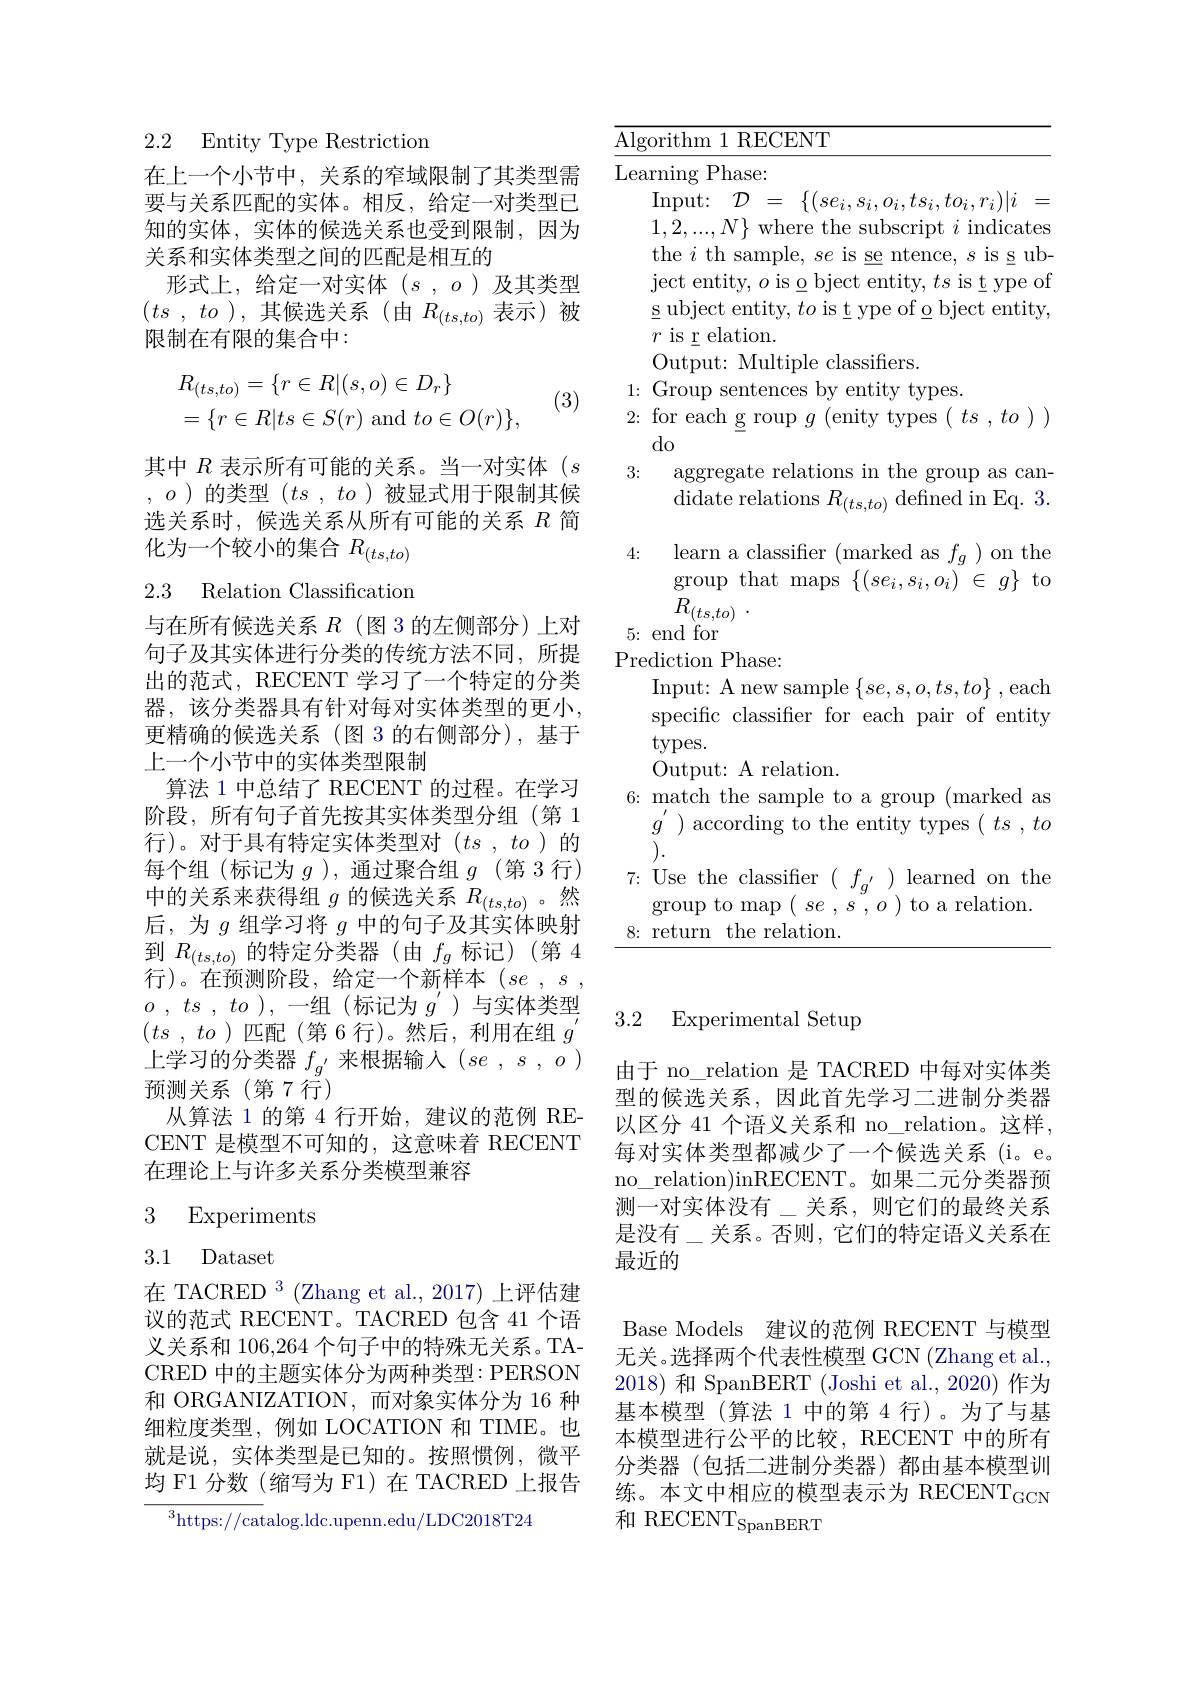
2.2 Entity Type Restriction

在上一个小节中，关系的窄域限制了其类型需要与关系匹配的实体。相反，给定一对类型已知的实体，实体的候选关系也受到限制，因为关系和实体类型之间的匹配是相互的
形式上，给定一对实体(s,o)及其类型$( ts$ , $to$ ),其候选关系(由 $R_(ts,to)$ 表示)被限制在有限的集合中：
$$\begin{aligned}&R_{(ts,to)}=\{r\in R|(s,o)\in D_r\}\\&=\{r\in R|ts\in S(r)\mathrm{~and~}to\in O(r)\},\end{aligned}$$
(3)

其中$R$表示所有可能的关系。当一对实体$(s$ $,o$ )的类型$(ts,to)$被显式用于限制其候选关系时，候选关系从所有可能的关系$R$简化为一个较小的集合$R_{(ts,to)}$

# 2.3 Relation Classification

与在所有候选关系$R$ (图 3 的左侧部分)上对句子及其实体进行分类的传统方法不同，所提出的范式，RECENT 学习了一个特定的分类器，该分类器具有针对每对实体类型的更小， 更精确的候选关系(图 3 的右侧部分),基于上一个小节中的实体类型限制
算法 1 中总结了 RECENT 的过程。在学习阶段，所有句子首先按其实体类型分组(第1行)。对于具有特定实体类型对$( ts$ , $to$ )的每个组(标记为$g$ ),通过聚合组$g$ (第 3 行) 中的关系来获得组$g$的候选关系$R_(ts,to)$ 。然后，为$g$组学习将$g$中的句子及其实体映射到$R_{(ts,to)}$的特定分类器(由$f_g$标记)(第 4行)。在预测阶段，给定一个新样本($se$ $, s$ , $o$ , $ts$ , $to$ ),一组(标记为 $g^{\prime}$)与实体类型$( ts$ , $to$ )匹配(第 6 行)。然后，利用在组$g^\prime$ 上学习的分类器$f_g^{\prime}$来根据输入$( se$ , $s$ , $o$ ) 预测关系(第7行)
从算法 1 的第 4 行开始，建议的范例 RECENT 是模型不可知的，这意味着 RECENT 在理论上与许多关系分类模型兼容

## 3 Experiments

3.1 Dataset

在 TACRED $^{3}$ (Zhang et al.,2017) 上评估建议的范式 RECENT。TACRED 包含 41 个语义关系和 106,264 个句子中的特殊无关系。TACRED 中的主题实体分为两种类型：PERSON 和 ORGANIZATION,而对象实体分为 16 种细粒度类型，例如 LOCATION 和 TIME。也就是说，实体类型是已知的。按照惯例，微平均 F1 分数 (缩写为 F1) 在 TACRED 上报告
$$^{3}$https://catalog.ldc.upenn.edu/LDC2018$T24

$2{:\mathrm{~for~each~g~roup~}}g{\mathrm{~(enity~types~(~ts~,~to~)~)}}$

${\overline{\mathrm{Algorithm~1~RECENT}}}$
Learning Phase:
Input: $\mathcal{D}$ = $\{ ( se_{i}, s_{i}, o_{i}, ts_{i}, to_{i}, r_{i}) | i$ = $1,2,...,N\}$ where the subscript $i$ indicates the $i$ th sample, $se$ is se ntence, $s$ is s ub- $\mathop{\text{ject entity, }o\text{ is o bject entity, }ts\text{ is t ype of}}$ s ubject entity, $to$ is t ype of o bject entity, $r$ is r elation.
Output: Multiple classifiers.
1: Group sentences by entity types.
do
3: aggregate relations in the group as can-
didate relations $R_{(ts,to)}$ defined in Eq. 3. 4{:} learn a classifier(marked as$f_g)$on the
$\operatorname*{group}$that maps$\{(se_i,s_i,o_i)^{}\in g\}$to
$R_{( ts, to) }$ .
5{:}end for
Prediction Phase:
Input: A new sample $\{se,s,o,ts,to\}$ , each specific classifier for each pair of entity types.
Output: A relation.
6: match the sample to a group (marked as
$g^{\prime})$ according to the entity types$(ts,to$
 ).
$7{:\text{Use the classiffer}}(\begin{array}{cc}{f_{g^{\prime}}}\end{array})$learned on the
$\operatorname*{group~to~map~(~se~,~s~,~o~)~to~a~relation.}$
8: return the relation.

## 3.2 Experimental Setup

由于 no\_relation 是 TACRED 中每对实体类型的候选关系，因此首先学习二进制分类器以区分 41 个语义关系和 no\_relation。这样， 每对实体类型都减少了一个候选关系(i。e。no\_relation)inRECENT。如果二元分类器预测一对实体没有\_关系，则它们的最终关系是没有\_关系。否则，它们的特定语义关系在最近的

Base Models 建议的范例 RECENT 与模型无关。选择两个代表性模型 GCN (Zhang et al... 2018)和 SpanBERT (Joshi et al., 2020)作为基本模型(算法 1 中的第 4 行)。为了与基本模型进行公平的比较，RECENT 中的所有分类器(包括二进制分类器)都由基本模型训练。本文中相应的模型表示为 RECENT$_\mathrm{GCN}$ 和 RECENT$_\mathrm{SpanBERT}$